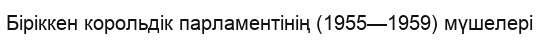
Біріккен корольдік парламентінің (1955—1959) мүшелері